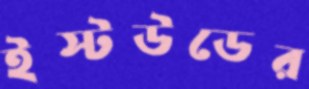
ইস্টউডের